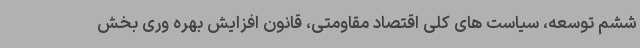
ششم توسعه، سیاست های کلی اقتصاد مقاومتی، قانون افزایش بهره وری بخش